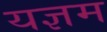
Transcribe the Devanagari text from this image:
यज्ञम